Indian journal of veterinary science and animal husbandry - Volume 11,
Year: 1941
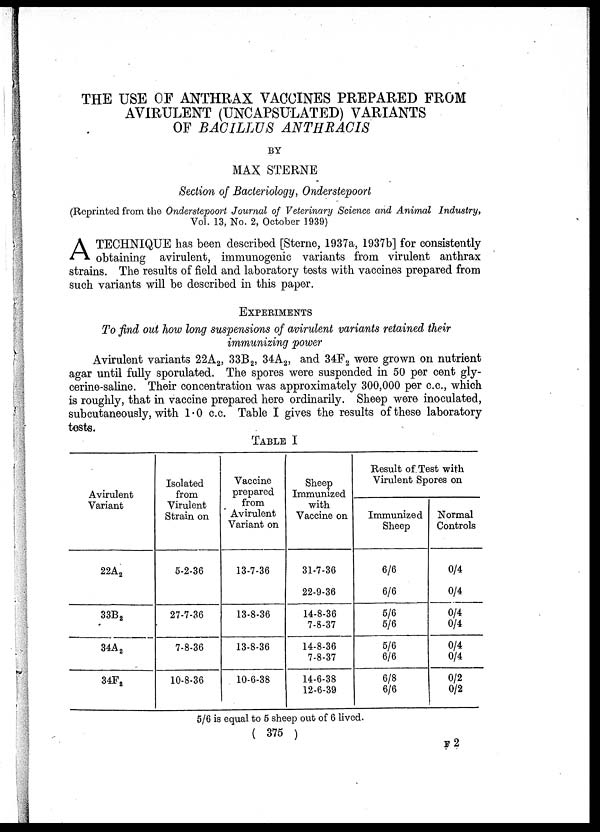
THE USE OF ANTHRAX VACCINES PREPARED FROM
AVIRULENT (UNCAPSULATED) VARIANTS
OF BACILLUS ANTHRACIS
BY
MAX STERNE
Section of Bacteriology, Onderstepoort
(Reprinted from the Onderstepoort Journal of Veterinary Science and Animal Industry,
Vol. 13, No. 2, October 1939)
A TECHNIQUE has been described [Sterne, 1937a, 1937b] for consistently
obtaining avirulent, immunogenic variants from virulent anthrax
strains. The results of field and laboratory tests with vaccines prepared from
such variants will be described in this paper.
EXPERIMENTS
To find out how long suspensions of avirulent variants retained their
immunizing power
Avirulent variants 22A 2 , 33B 2 , 34A 2 , and 34F 2 were grown on nutrient
agar until fully sporulated. The spores were suspended in 50 per cent gly-
cerine-saline. Their concentration was approximately 300,000 per c.c, which
is roughly, that in vaccine prepared here ordinarily. Sheep were inoculated,
subcutaneously, with 1.0 c.c. Table I gives the results of these laboratory
tests.
TABLE I
Avirulent
Variant
22A 2
33B 2
34A 2
34F 2
Isolated
from
Virulent
Strain on
5-2-36
27-7-36
7-8-36
10-8-36
Vaccine
prepared
from
Avirulent
Variant on
13-7-36
13-8-36
13-8-36
10-6-38
Sheep
Immunized
with
Vaccine on
31-7-36
22-9-36
14-8-36
7-8-37
14-8-36
7-8-37
14-6-38
12-6-39
Result of Test with
Virulent Spores on
Immunized
Sheep
6/6
6/6
5/6
5/6
5/6
6/6
6/8
6/6
Normal
Controls
0/4
0/4
0/4
0/4
0/4
0/4
0/2
0/2
5/6 is equal to 5 sheep out of 6 lived.
( 375 )
F 2